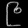
Digit: ၉